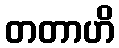
တတာဟိ